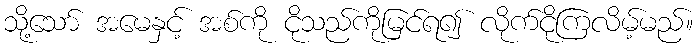
သို့သော် အမေနှင့် အစ်ကို ငိုသည်ကိုမြင်ရ၍ လိုက်ငိုကြလိမ့်မည်။